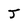
Character: J